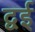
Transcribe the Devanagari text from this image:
द्वई